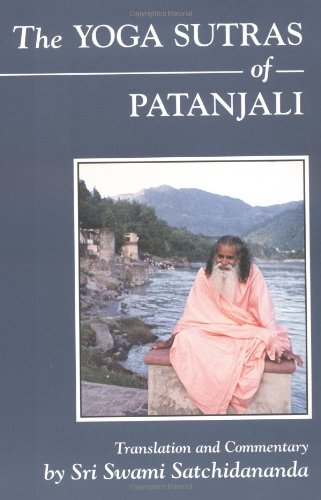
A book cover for The Yoga Sutras of Patanjali; Swami Satchidananda; Religion & Spirituality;